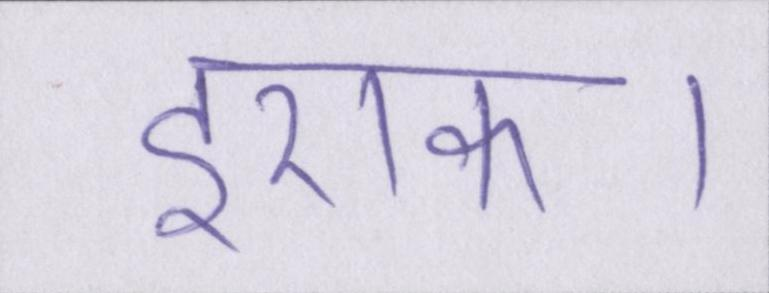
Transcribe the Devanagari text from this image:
इराक।